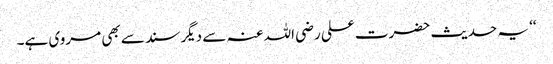
‘‘ یہ حدیث حضرت علی رضی اللہ عنہ سے دیگر سند سے بھی مروی ہے۔